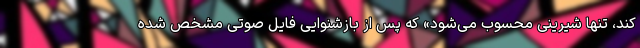
کند، تنها شیرینی محسوب می‌شود» که پس از بازشنوایی فایل صوتی مشخص شده